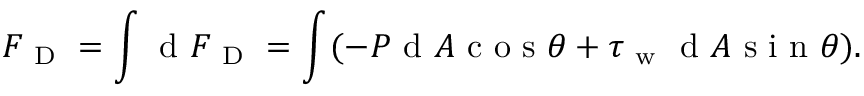
F _ { \mathrm { ~ D ~ } } = \int _ { } ^ { } \mathrm { ~ d ~ } F _ { \mathrm { ~ D ~ } } = \int _ { } ^ { } ( - P \mathrm { ~ d ~ } A \mathrm { ~ c ~ o ~ s ~ } \theta + \tau _ { \mathrm { ~ w ~ } } \mathrm { ~ d ~ } A \mathrm { ~ s ~ i ~ n ~ } \theta ) .